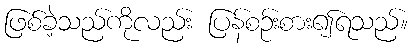
ဖြစ်ခဲ့သည်ကိုလည်း ပြန်စဉ်းစား၍ရသည်။